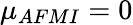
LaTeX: \mu_{AFMI}=0